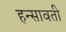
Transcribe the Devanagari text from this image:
हन्सावती